Report on vaccination in Madras 1895-1903 - 1895-1903
Year: 1895
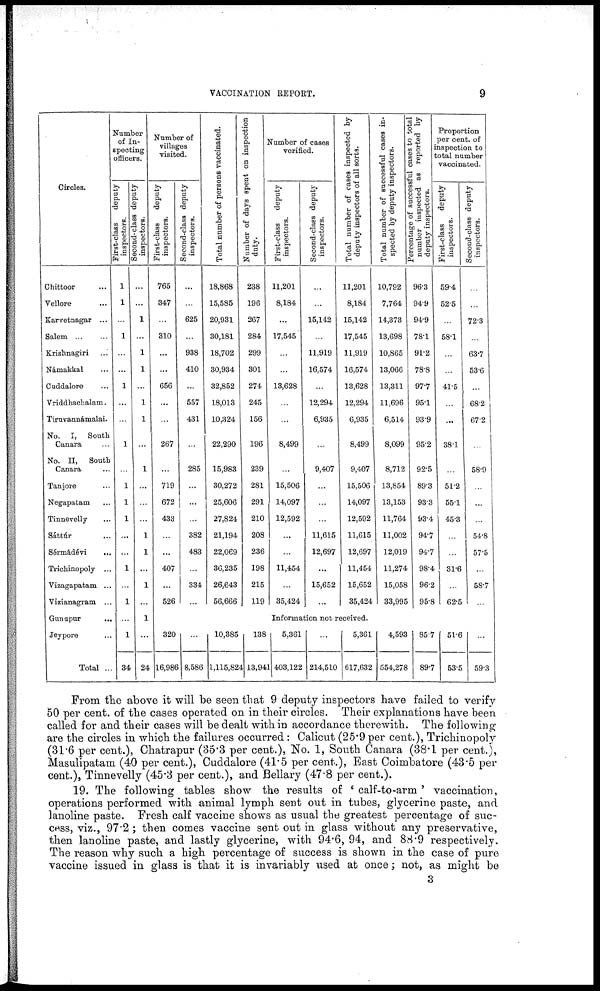
VACCINATION REPORT.
9
Circles.
Chittoor...
Vellore...
Karvetnagar...
Salem...
...
Krishnagiri...
Námakkal...
Cuddalore...
Vriddhachalam.
Tiruvannámalai.
No. I, South
Canara ...
No. II, South
Canara ...
Tanjore...
Negapatam...
Tinnevelly...
Sáttúr...
Sérmádévi...
Trichinopoly...
Vizagapatam...
Vizianagram ...
Gunupur...
Jeypore...
Total ...
Number
of In-
specting
officers.
First-class
deputy
inspectors.
1
1
...
1
...
...
1
...
...
1
...
1
1
1
...
...
1
...
1
...
1
34
Second-class deputy
inspectors.
...
...
1
...
1
1
...
1
1
...
1
...
...
...
1
1
...
1
...
1
...
24
Number of
villages
visited.
First-class
deputy
inspectors.
765
347
...
310
...
...
656
...
...
267
...
719
672
433
...
...
407
...
526
Second-class deputy
inspectors.
...
...
625
...
938
410
...
557
431
...
285
...
...
...
382
483
...
334
...
Total number of persons vaccinated.
18,868
15,585
20,931
30,181
18,702
30,934
32,852
18,013
10,324
22,290
15,983
30,272
25,606
27,824
21,194
22,069
36,235
26,643
56,666
Number of days spent on inspection
duty.
238
196
267
284
299
301
274
245
156
196
239
281
291
210
208
236
198
215
119
Number of cases
verified.
First-class deputy
inspectors.
11,201
8,184
...
17,545
...
...
13,628
...
...
8,499
...
15,506
14,097
12,592
...
...
11,454
...
35,424
Second-class deputy
inspectors.
...
...
15,142
...
11,919
16,574
...
12,294
6,935
...
9,407
...
...
...
11,615
12,697
...
15,652
...
Total number of cases inspected by
deputy inspectors of all sorts.
11,201
8,184
15,142
17,545
11,919
16,574
13,628
12,294
6,935
8,499
9,407
15,506
14,097
12,592
11,615
12,697
11,454
15,652
35,424
Total number of successful cases in-
spected by deputy inspectors.
10,792
7,764
14,373
13,698
10,865
13,066
13,311
11,696
6,514
8,099
8,712
13,854
13,153
11,764
11,002
12,019
11,274
15,058
33,995
Percentage of successful cases to total
number inspected as reported by
deputy inspectors.
96.3
94.9
94.9
78.1
91.2
78.8
97.7
95.1
93.9
95.2
92.5
89.3
93.3
93.4
94.7
94.7
98.4
96.2
95.8
Proportion
per cent. of
inspection to
total number
vaccinated.
First-class
deputy
inspectors.
59.4
52.5
...
58.1
...
...
41.5
...
...
38.1
...
51.2
55.1
45.3
...
...
31.6
...
62.5
Second-class deputy
inspectors.
...
...
72.3
...
63.7
53.6
...
68.2
67.2
...
58.9
...
...
...
54.8
57.5
...
58.7
...
Information not received.
320
16,986
...
8,586
10,385
1,115,824
138
13,941
5,361
403,122
...
214,510
5,361
617,632
4,593
554,278
85.7
89.7
51.6
53.5
...
59.3
From the above it will be seen that 9 deputy inspectors have failed to verify
50 per cent. of the cases operated on in their circles. Their explanations have been
called for and their cases will be dealt with in accordance therewith. The following-
are the circles in which the failures occurred: Calicut (25.9 per cent.), Trichinopoly
(31.6 per cent.), Chatrapur (35.3 per cent.), No. 1, South Canara (38.1 per cent.),
Masulipatam (40 per cent.), Cuddalore (41.5 per cent.), East Coimbatore (43.5 per
cent.), Tinnevelly (45.3 per cent.), and Bellary (47.8 per cent.).
19. The following tables show the results of ' calf-to-arm ' vaccination,
operations performed with animal lymph sent out in tubes, glycerine paste, and
lanoline paste. Fresh calf vaccine shows as usual the greatest percentage of suc-
cess, viz., 97.2 ; then comes vaccine sent out in glass without any preservative,
then lanoline paste, and lastly glycerine, with 94.6, 94, and 88.9 respectively.
The reason why such a high percentage of success is shown in the case of pure
vaccine issued in glass is that it is invariably used at once; not, as might be
3